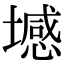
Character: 㙳